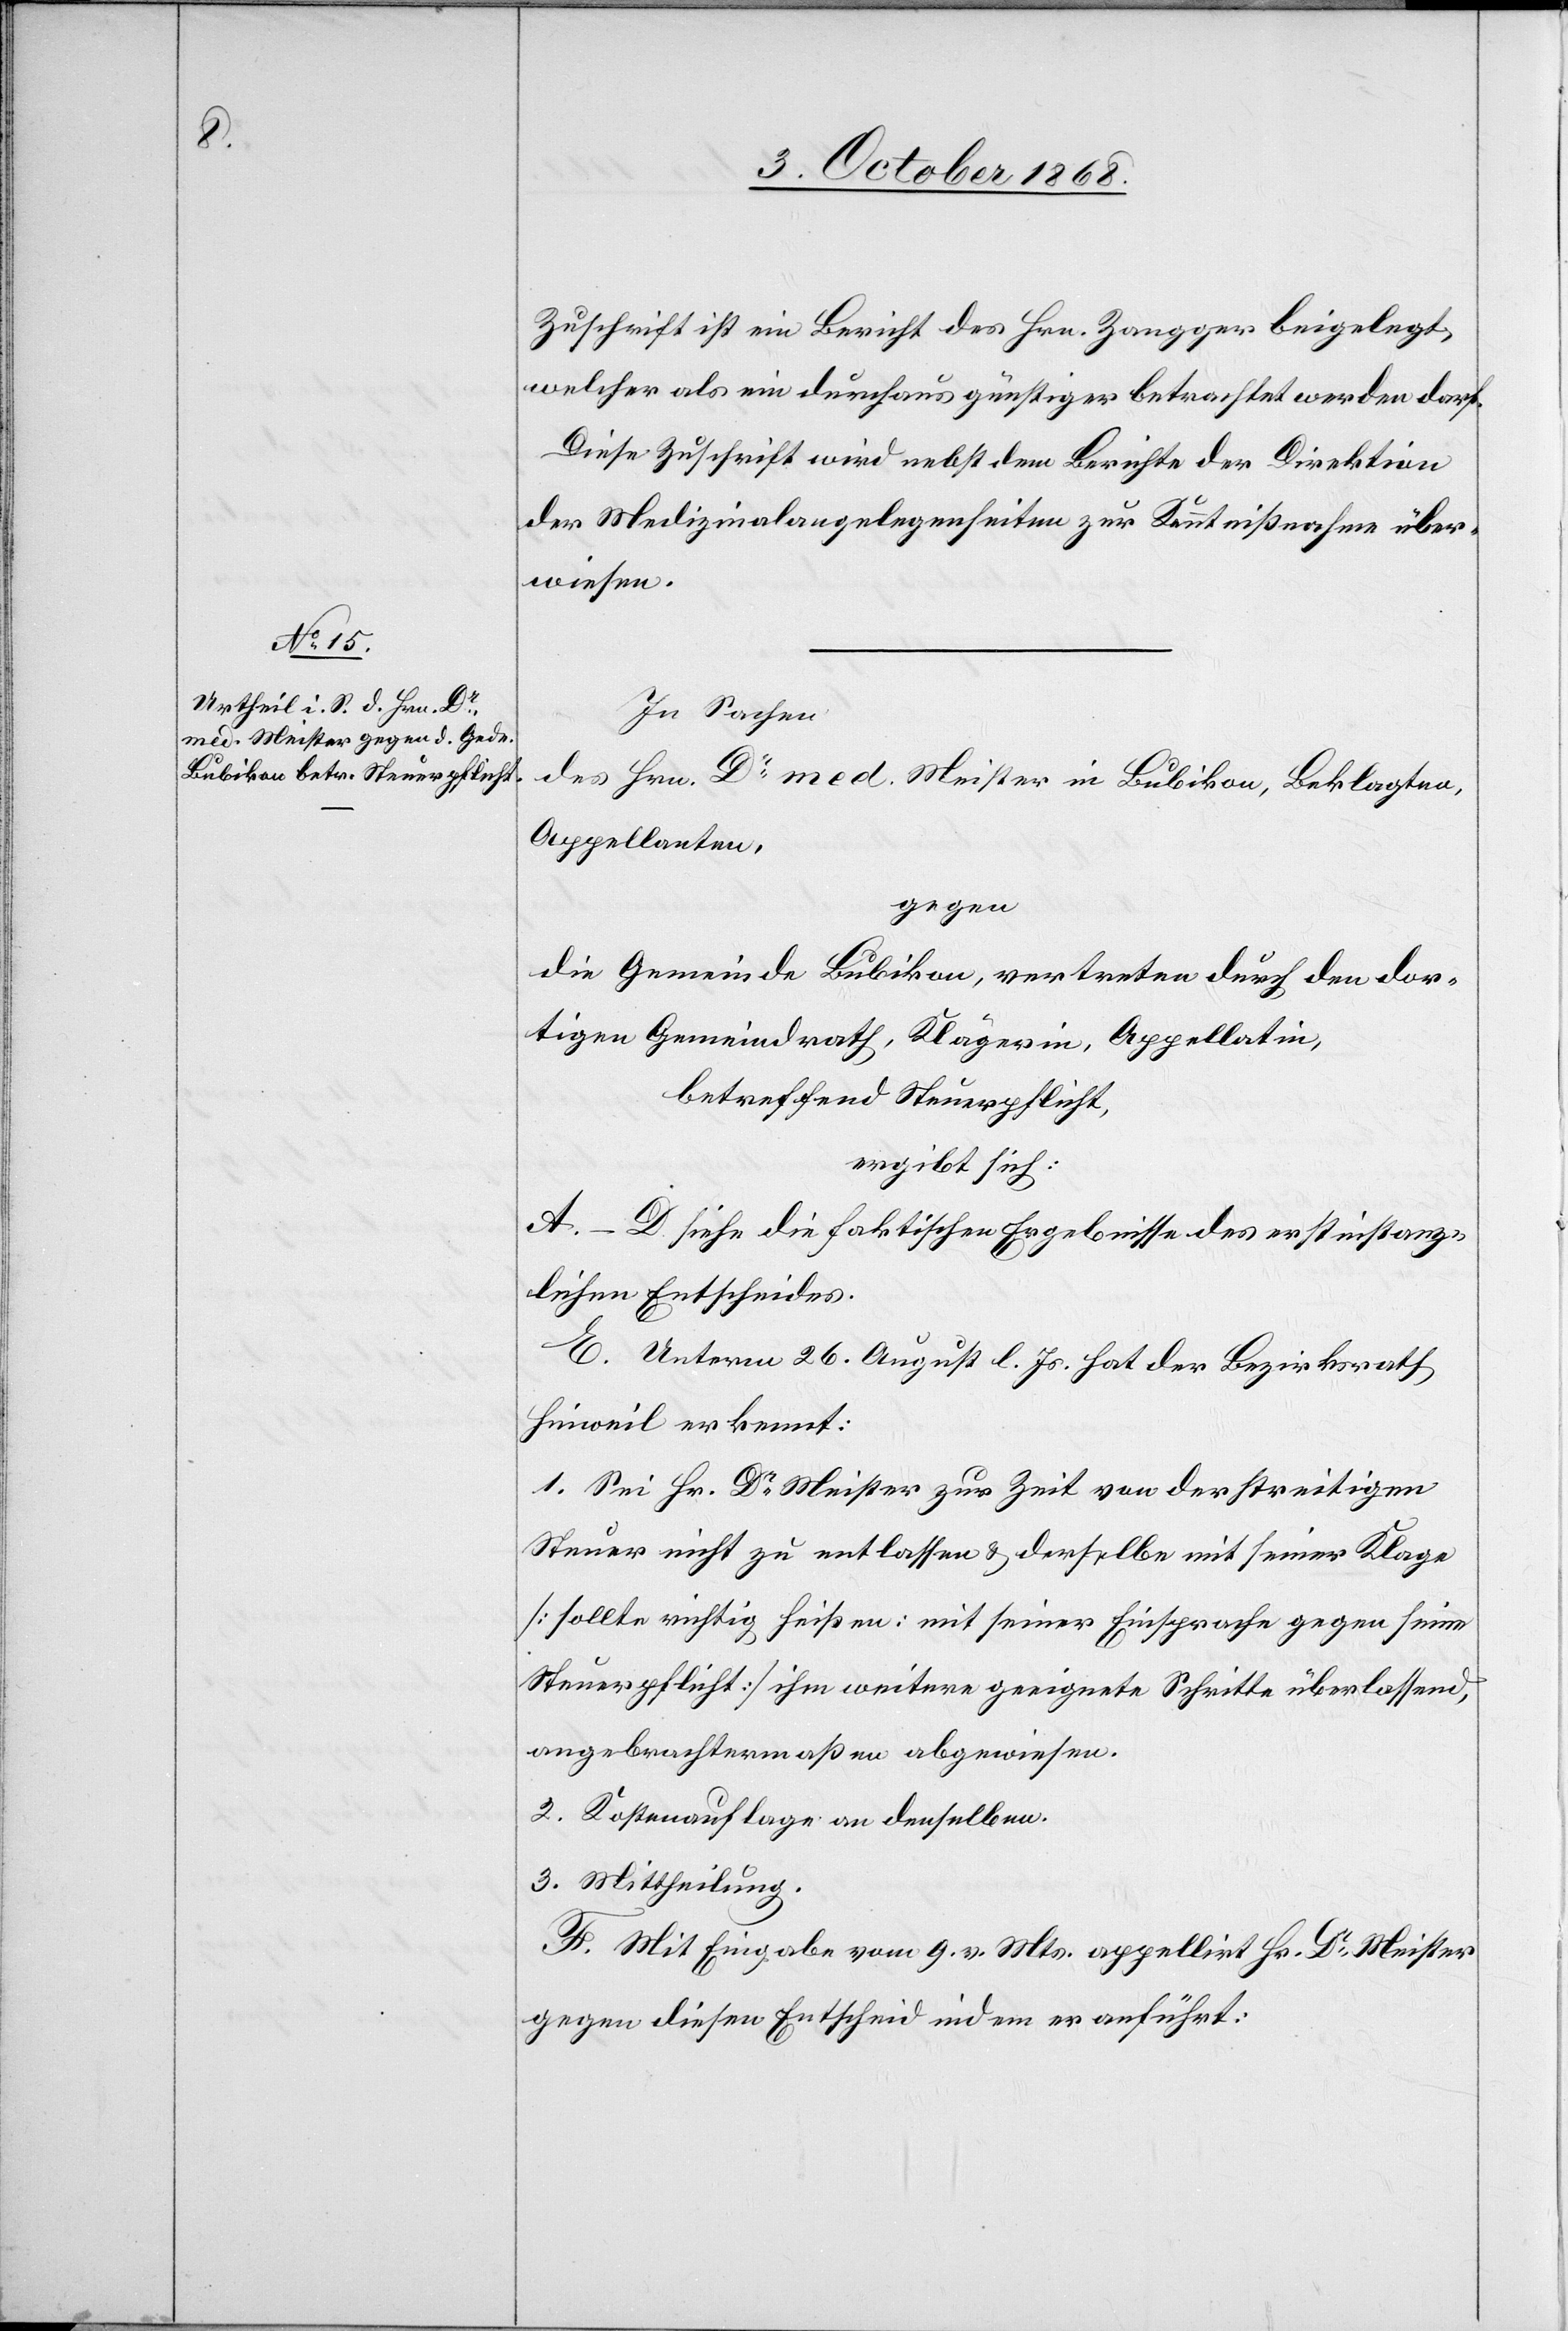
Zuschrift ist ein Bericht des Hrn. Zangger beigelegt,
welcher als ein durchaus günstiger betrachtet werden darf.
Diese Zuschrift wird nebst dem Berichte der Direktion
der Medizinalangelegenheiten zur Kenntnißnahme über¬
wiesen.
In Sachen
des Hrn. Dr med. Meister in Bubikon, Beklagten,
Appellanten,
gegen
die Gemeinde Bubikon, vertreten durch den dor¬
tigen Gemeindrath, Klägerin, Appellatin,
betreffend Steuerpflicht,
ergibt sich:
A.–D. siehe die faktischen Ergebnisse des erstinstanz¬
lichen Entscheides.
E. Unterm 26. August l. Js. hat der Bezirksrath
Hinweil erkennt:
1. Sei Hr. Dr Meister zur Zeit von der streitigen
Steuer nicht zu entlassen & derselbe mit seiner Klage
[sollte richtig heißen: mit seiner Einsprache gegen seine
Steuerpflicht] ihm weitere geeignete Schrtte überlassend,
angebrachtermaßen abgewiesen.
2. Kostenauflage an denselben.
3. Mittheilung.
F. Mit Eingabe vom 9. v. Mts. appellirt Hr. Dr Meister
gegen diesen Entscheid indem er anführt: